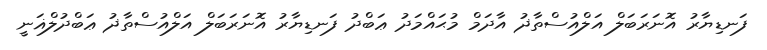
ފަނޑިޔާރު އޮނަރަބަލް އަލްއުސްތާޛު އާދަމް މުޙައްމަދު ޢަބްދު ފަނޑިޔާރު އޮނަރަބަލް އަލްއުސްތާޛު ޢަބްދުލްޣަނީ